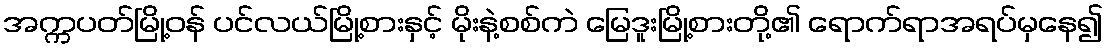
အက္ကပတ်မြို့ဝန် ပင်လယ်မြို့စားနှင့် မိုးနဲ့စစ်ကဲ မြေဒူးမြို့စားတို့၏ ရောက်ရာအရပ်မှနေ၍